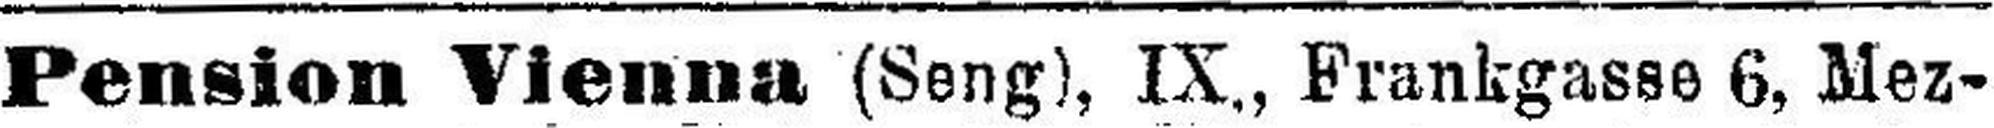
Pension Vienna (Seng), IX., Frankgasse 6, Mez¬